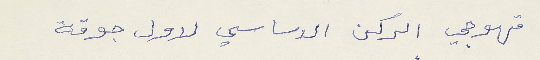
قهوجي الركن الاساسي لاول جوقة